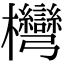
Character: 𣡩